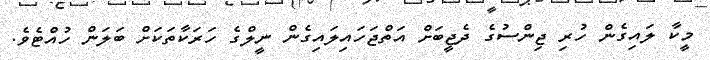
މީކާ ލައިގެން ހުރި ޖިންސުގެ ދެޖީބަށް އަތްޖަހައިލައިގެން ނީލްގެ ހަރަކާތަކަށް ބަލަން ހުއްޓެވެ.